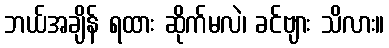
ဘယ်အချိန် ရထား ဆိုက်မလဲ၊ ခင်ဗျား သိလား။